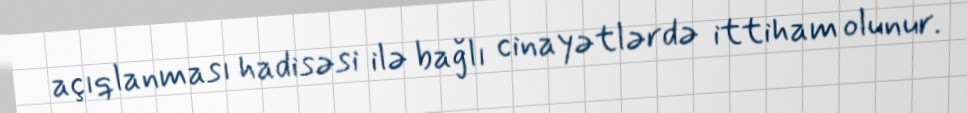
açıqlanması hadisəsi ilə bağlı cinayətlərdə ittiham olunur.